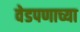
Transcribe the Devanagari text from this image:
वेडपणाच्या